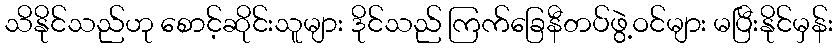
သိနိုင်သည်ဟု စောင့်ဆိုင်းသူများ ဒိုင်သည် ကြက်ခြေနီတပ်ဖွဲ့ဝင်များ မပြီးနိုင်မှန်း